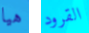
هيا القرود